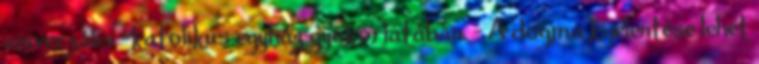
univerzális =katolikus egyház gyakorlatában. - A dogma kijelentése lehet